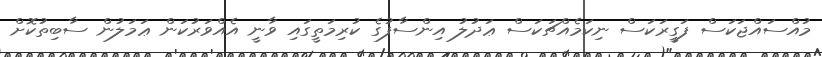
މުއްސައްޖަކަސް ފަގީރަކަސް ނިކަމެއްޗަކަސް ޢަދުލު އިންސާފުގެ ކުރިމަތީގައި ވާނީ އެއްވަރުކަން ޢަމަލުން ސާބިތުކޮށް